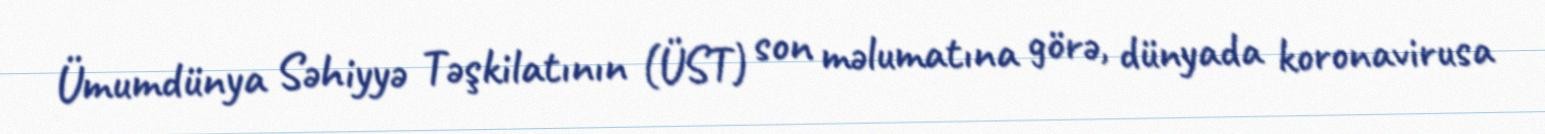
Ümumdünya Səhiyyə Təşkilatının (ÜST) son məlumatına görə, dünyada koronavirusa